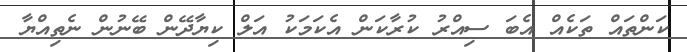
ކަންތައް ތަކެއް އެބަ ސިއްރު ކުރާކަން އެކަމަކު އަލް ކިޔާދޭން ބޭނުން ނެތިއްޔާ